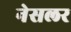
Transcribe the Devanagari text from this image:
नेसलर